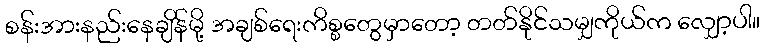
စန်းအားနည်းနေချိန်မို့ အချစ်ရေးကိစ္စတွေမှာတော့ တတ်နိုင်သမျှကိုယ်က လျှော့ပါ။